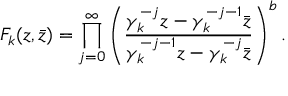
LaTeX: F _ { k } ( z , \bar { z } ) = \prod _ { j = 0 } ^ { \infty } \left( { \frac { \gamma _ { k } ^ { - j } z - \gamma _ { k } ^ { - j - 1 } \bar { z } } { \gamma _ { k } ^ { - j - 1 } z - \gamma _ { k } ^ { - j } \bar { z } } } \right) ^ { b } .